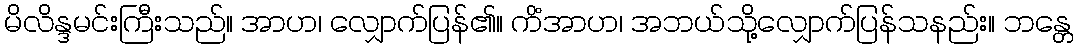
မိလိန္ဒမင်းကြီးသည်။ အာဟ၊ လျှောက်ပြန်၏။ ကိံအာဟ၊ အဘယ်သို့လျှောက်ပြန်သနည်း။ ဘန္တေ